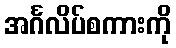
အင်္ဂလိပ်စကားကို